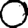
Digit: 0